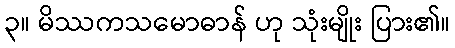
၃။ မိဿကသမောဓာန် ဟု သုံးမျိုး ပြား၏။